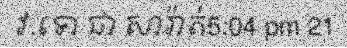
វ.ទោ ជា សារ៉ាត់5:04 pm 21